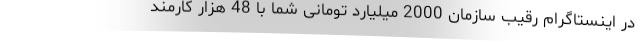
در اینستاگرام رقیب سازمان 2000 میلیارد تومانی شما با 48 هزار کارمند